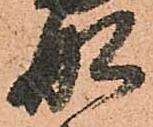
舩